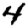
Digit: 4